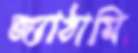
জ্যাঠামি